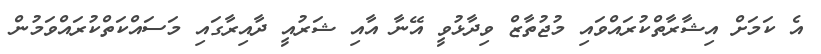
އެ ކަމަށް އިޝާރާތްކުރައްވައި މުޖުތާޒް ވިދާޅުވީ އޭނާ އާއި ޝަރުއީ ދާއިރާގައި މަސައްކަތްކުރައްވަމުން